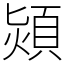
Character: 熲